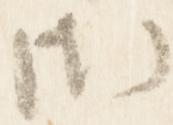
御